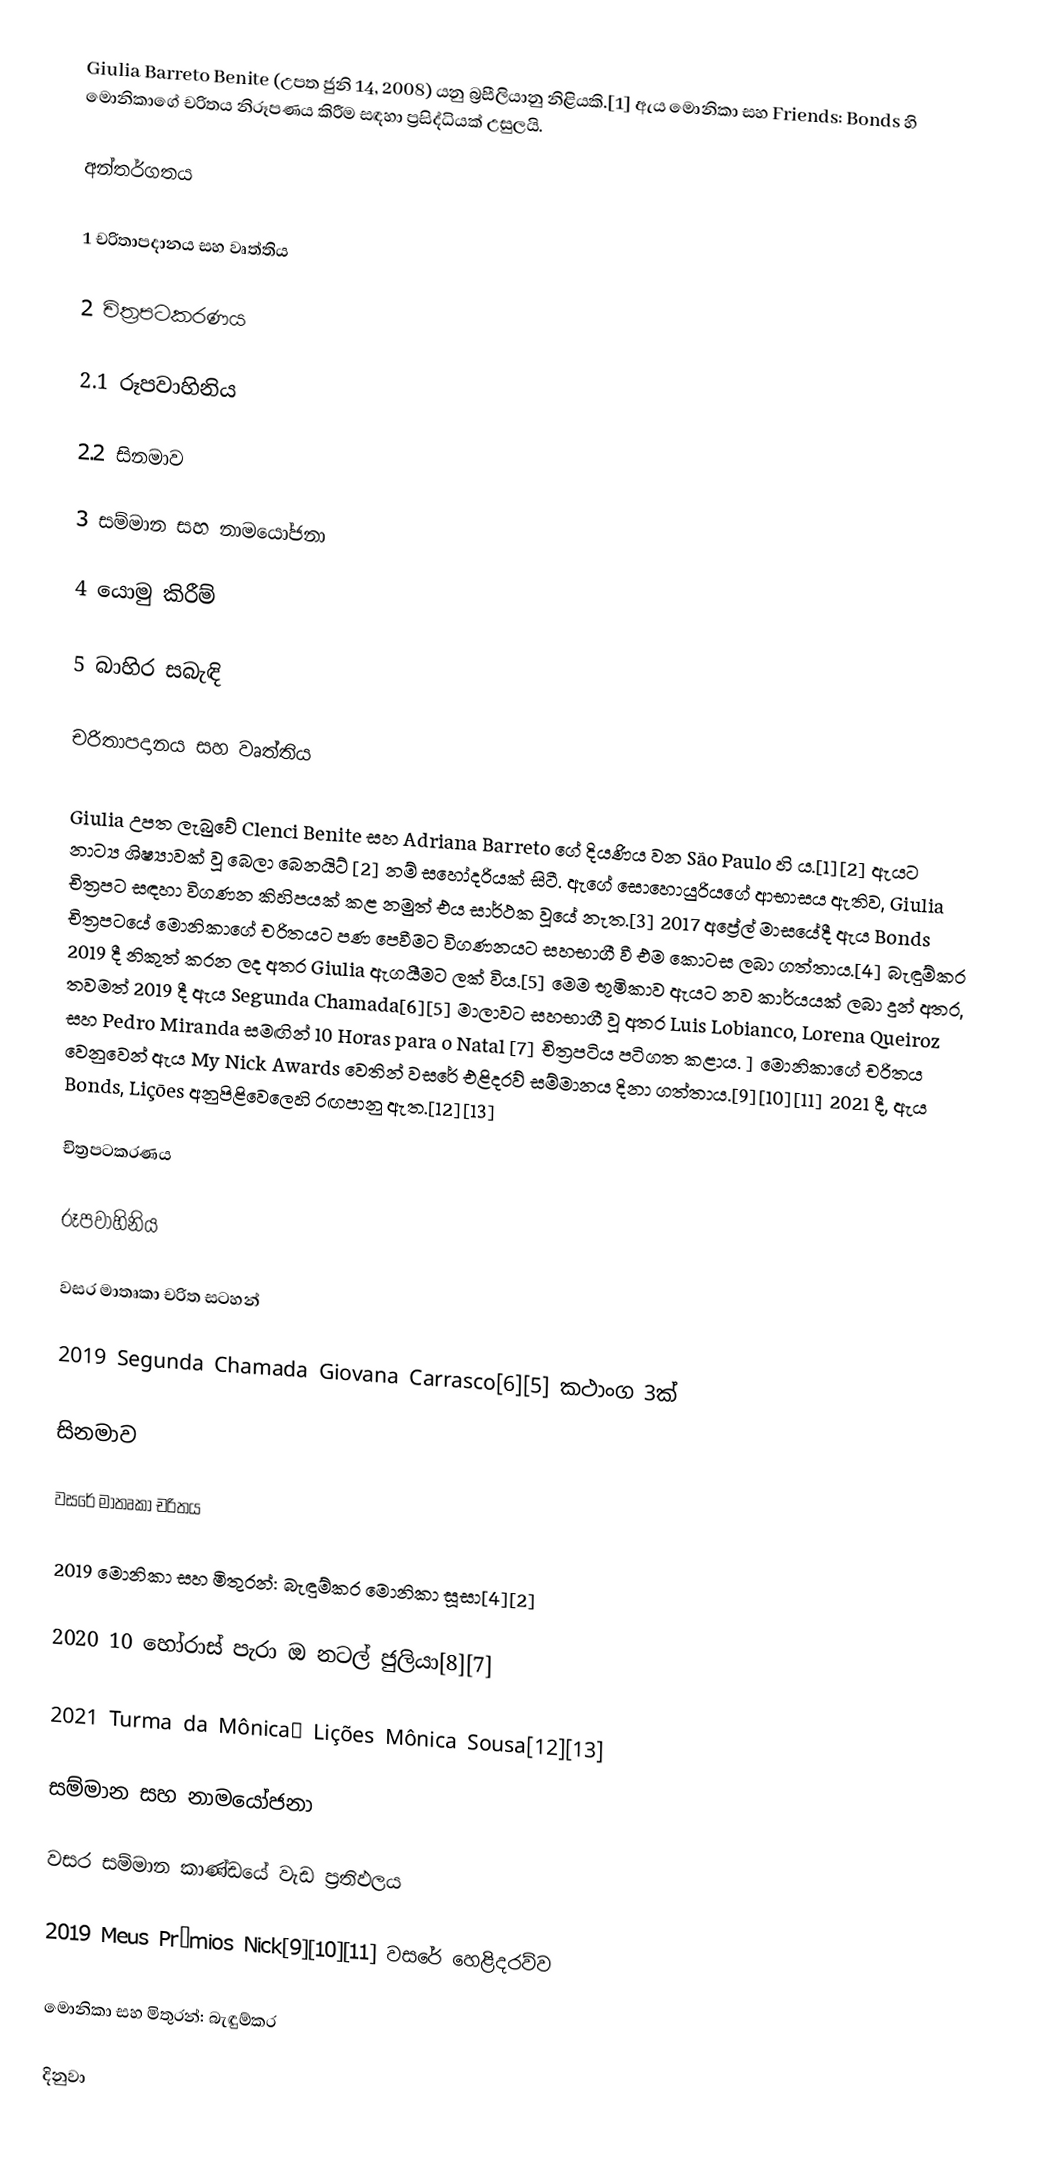
Giulia Barreto Benite (උපත ජුනි 14, 2008) යනු බ්‍රසීලියානු නිළියකි.[1] ඇය මොනිකා සහ Friends: Bonds හි මොනිකාගේ චරිතය නිරූපණය කිරීම සඳහා ප්‍රසිද්ධියක් උසුලයි.

අන්තර්ගතය

1 චරිතාපදානය සහ වෘත්තිය

2 චිත්‍රපටකරණය

2.1 රූපවාහිනිය

2.2 සිනමාව

3 සම්මාන සහ නාමයෝජනා

4 යොමු කිරීම්

5 බාහිර සබැඳි

චරිතාපදානය සහ වෘත්තිය

Giulia උපත ලැබුවේ Clenci Benite සහ Adriana Barreto ගේ දියණිය වන São Paulo හි ය.[1][2] ඇයට නාට්‍ය ශිෂ්‍යාවක් වූ බෙලා බෙනයිට් [2] නම් සහෝදරියක් සිටී. ඇගේ සොහොයුරියගේ ආභාසය ඇතිව, Giulia චිත්‍රපට සඳහා විගණන කිහිපයක් කළ නමුත් එය සාර්ථක වූයේ නැත.[3] 2017 අප්‍රේල් මාසයේදී ඇය Bonds චිත්‍රපටයේ මොනිකාගේ චරිතයට පණ පෙවීමට විගණනයට සහභාගී වී එම කොටස ලබා ගත්තාය.[4] බැඳුම්කර 2019 දී නිකුත් කරන ලද අතර Giulia ඇගයීමට ලක් විය.[5] මෙම භූමිකාව ඇයට නව කාර්යයක් ලබා දුන් අතර, තවමත් 2019 දී ඇය Segunda Chamada[6][5] මාලාවට සහභාගී වූ අතර Luis Lobianco, Lorena Queiroz සහ Pedro Miranda සමඟින් 10 Horas para o Natal [7] චිත්‍රපටිය පටිගත කළාය. ] මොනිකාගේ චරිතය වෙනුවෙන් ඇය My Nick Awards වෙතින් වසරේ එළිදරව් සම්මානය දිනා ගත්තාය.[9][10][11] 2021 දී, ඇය Bonds, Lições අනුපිළිවෙලෙහි රඟපානු ඇත.[12][13]

චිත්‍රපටකරණය

රූපවාහිනිය

වසර මාතෘකා චරිත සටහන්

2019 Segunda Chamada Giovana Carrasco[6][5] කථාංග 3ක්

සිනමාව

වසරේ මාතෘකා චරිතය

2019 මොනිකා සහ මිතුරන්: බැඳුම්කර මොනිකා සූසා[4][2]

2020 10 හෝරාස් පැරා ඔ නටල් ජුලියා[8][7]

2021 Turma da Mônicaː Lições Mônica Sousa[12][13]

සම්මාන සහ නාමයෝජනා

වසර සම්මාන කාණ්ඩයේ වැඩ ප්‍රතිඵලය

2019 Meus Prêmios Nick[9][10][11] වසරේ හෙළිදරව්ව

මොනිකා සහ මිතුරන්: බැඳුම්කර

දිනුවා